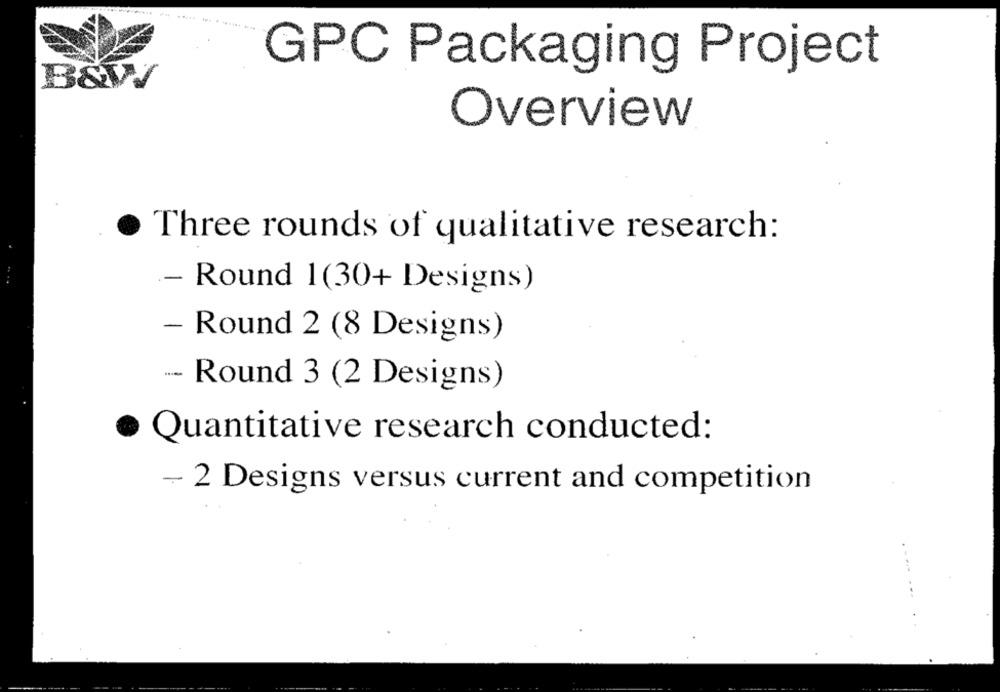
GPC Packaging Project
B&W
Overview
Three rounds of qualitative research:
- Round 1(30+ Designs)
- Round 2 (8 Designs)
-- Round 3 (2 Designs)
· Quantitative research conducted:
- 2 Designs versus current and competition